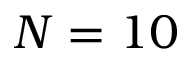
N = 1 0